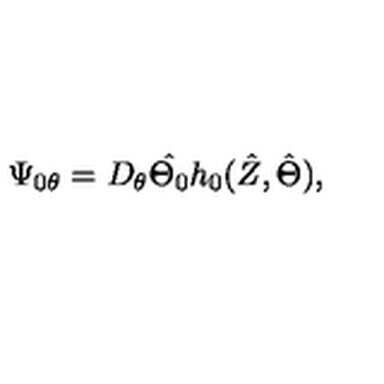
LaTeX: \Psi _ { 0 \theta } = D _ { \theta } \hat { \Theta _ { 0 } } h _ { 0 } ( \hat { Z } , \hat { \Theta } ) ,